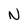
Character: N